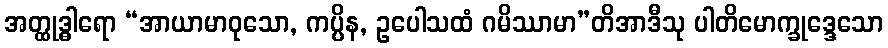
အတ္ထုဒ္ဓါရော “အာယာမာဝုသော, ကပ္ပိန, ဥပေါသထံ ဂမိဿာမာ”တိအာဒီသု ပါတိမောက္ခုဒ္ဒေသော